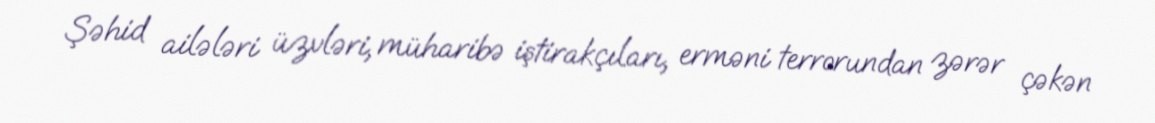
Şəhid ailələri üzvləri, müharibə iştirakçıları, erməni terrorundan zərər çəkən